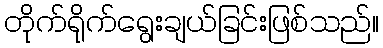
တိုက်ရိုက်ရွေးချယ်ခြင်းဖြစ်သည်။